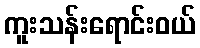
ကူးသန်းရောင်းဝယ်